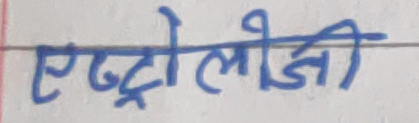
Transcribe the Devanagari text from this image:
ऐस्ट्रोलोजी